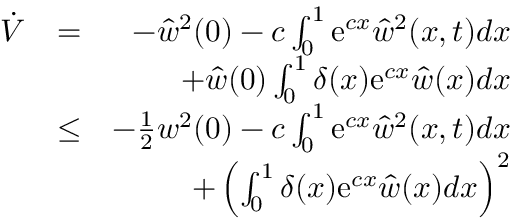
\begin{array} { r l r } { \dot { V } } & { = } & { - \hat { w } ^ { 2 } ( 0 ) - c \int _ { 0 } ^ { 1 } \mathrm { e } ^ { c x } \hat { w } ^ { 2 } ( x , t ) d x } \\ & { } & { + \hat { w } ( 0 ) \int _ { 0 } ^ { 1 } \delta ( x ) \mathrm { e } ^ { c x } \hat { w } ( x ) d x } \\ & { \leq } & { - { \frac { 1 } { 2 } } w ^ { 2 } ( 0 ) - c \int _ { 0 } ^ { 1 } \mathrm { e } ^ { c x } \hat { w } ^ { 2 } ( x , t ) d x } \\ & { } & { + \left( \int _ { 0 } ^ { 1 } \delta ( x ) \mathrm { e } ^ { c x } \hat { w } ( x ) d x \right) ^ { 2 } } \end{array}